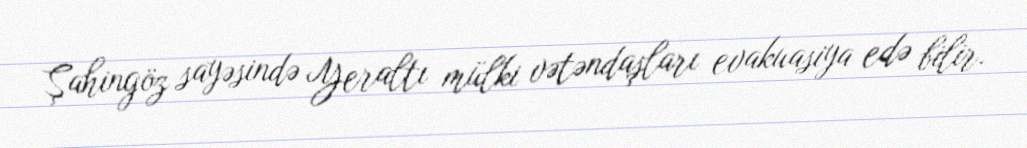
Şahingöz sayəsində Yeraltı mülki vətəndaşları evakuasiya edə bilir.